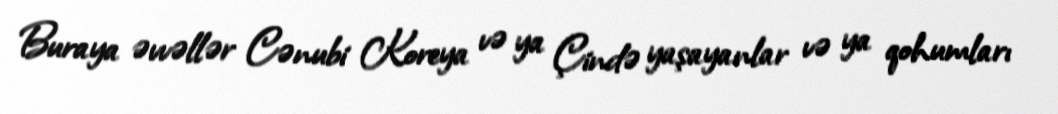
Buraya əvvəllər Cənubi Koreya və ya Çində yaşayanlar və ya qohumları